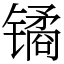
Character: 𫔎